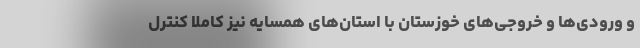
و ورودی‌ها و خروجی‌های خوزستان با استان‌های همسایه نیز کاملا کنترل